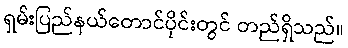
ရှမ်းပြည်နယ်တောင်ပိုင်းတွင် တည်ရှိသည်။